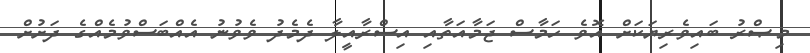
މިޞްރު ބައިވެރިޔަކަށް އޮވެ ހަމާސް ޖަމާއަތާއި އިސްރާއީލާ ދެމެދު ވެވުނު އެއްބަސްވުމެއްގެ ދަށުށް